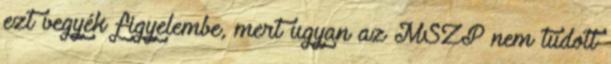
ezt vegyék figyelembe, mert ugyan az MSZP nem tudott